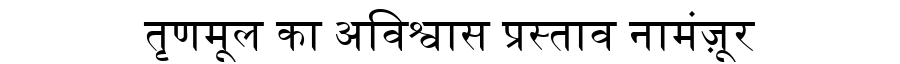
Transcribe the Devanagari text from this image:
तृणमूल का अविश्वास प्रस्ताव नामंज़ूर